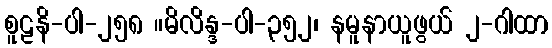
စူဠနိ-ပါ-၂၅၈ ။မိလိန္ဒ-ပါ-၃၅၂၊ နမူနာယူဖွယ် ၂-ဂါထာ